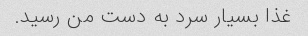
غذا بسیار سرد به دست من رسید.